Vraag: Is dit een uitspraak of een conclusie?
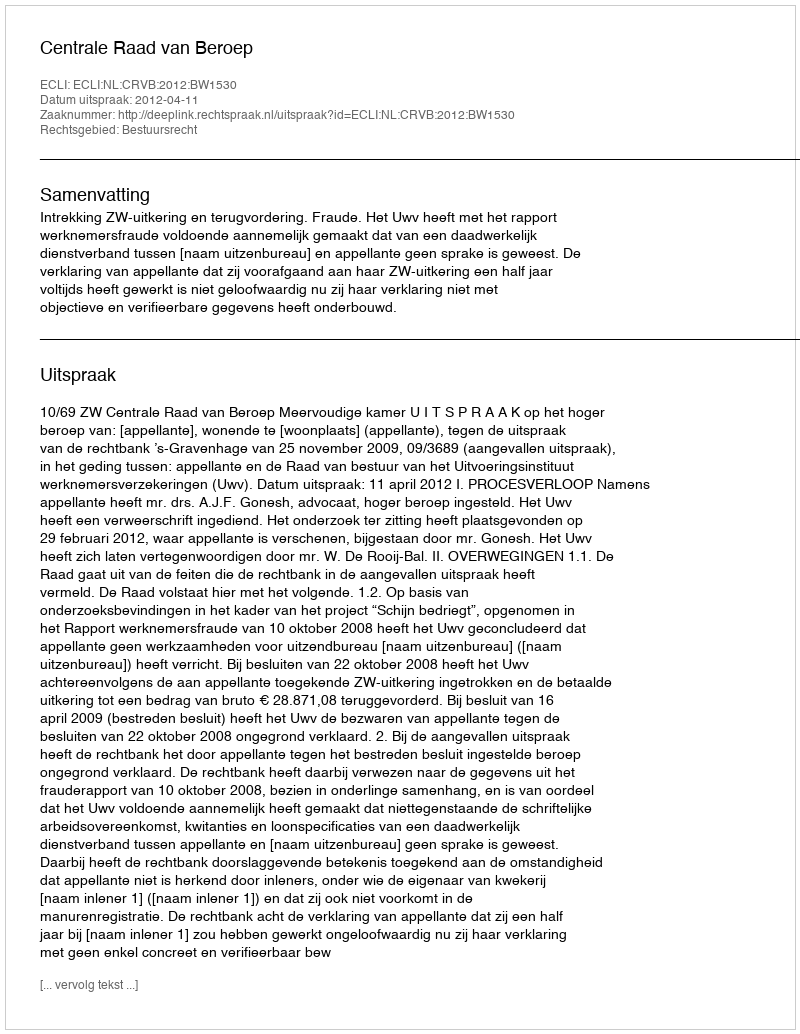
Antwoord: Uitspraak